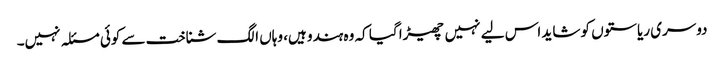
دوسری ریاستوں کو شاید اس لیے نہیں چھیڑا گیا کہ وہ ہندو ہیں، وہاں الگ شناخت سے کوئی مسئلہ نہیں۔